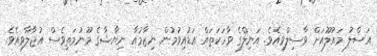
އަސްލު މައުލޫއަށް ވާސިލްވިއެވެ. އަނިލްގެ ވާހަކަތައް އަޑުއިވުމުން ނިޒާމުއާ ނިޔާޝާގެ މޫނުމަތިވެސް އުޖާލާވިއެވެ.